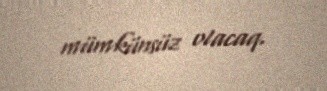
mümkünsüz olacaq.